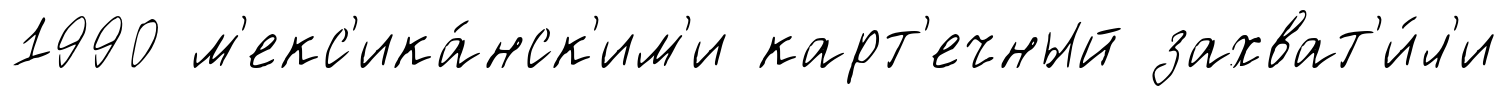
1990 м'екс'ика́нск'им'и карт'ечный захват'и́л'и